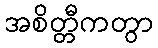
အစိတ္တီကတွာ